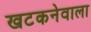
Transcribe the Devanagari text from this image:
खटकनेवाला